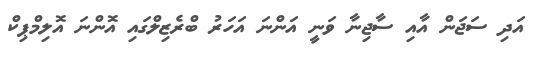
އަދި ސަޖަން އާއި ސާޖިނާ ވަނީ އަންނަ އަހަރު ބްރެޒިލްގައި އޮންނަ އޮލިމްޕިކް